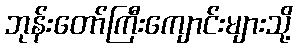
ဘုန်းတော်ကြီးကျောင်းများသို့